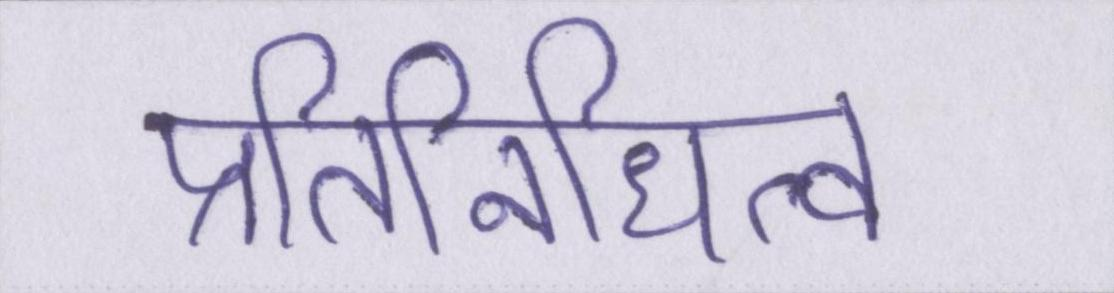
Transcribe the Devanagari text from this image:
प्रतिनिधित्व